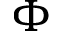
\Phi